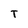
Character: T